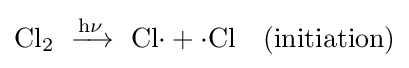
\mathrm {Cl_{2}\ \xrightarrow {h\nu } \ Cl{\cdot }+{\cdot }Cl\quad (initiation)}